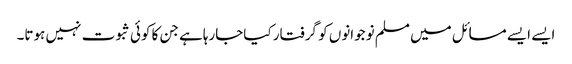
ایسے ایسے مسائل میں مسلم نوجوانوں کو گرفتار کیاجارہاہے جن کا کوئی ثبوت نہیں ہوتا۔